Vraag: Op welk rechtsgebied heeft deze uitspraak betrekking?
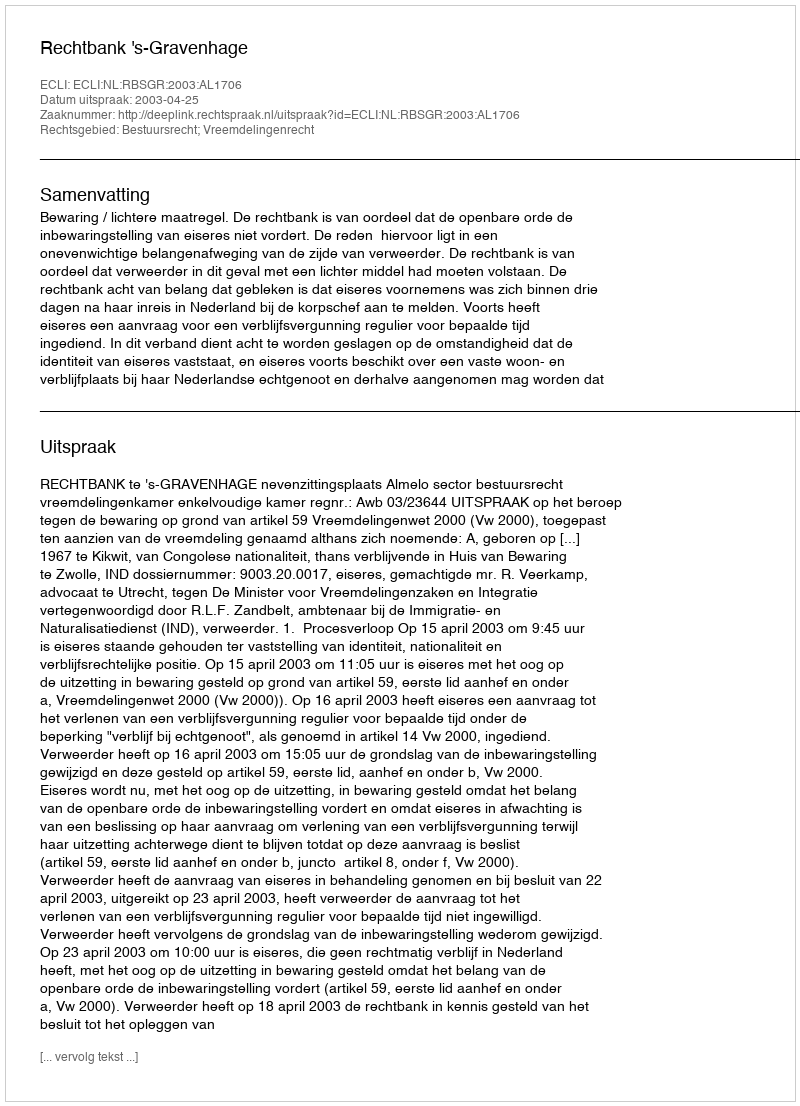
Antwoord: Bestuursrecht; Vreemdelingenrecht